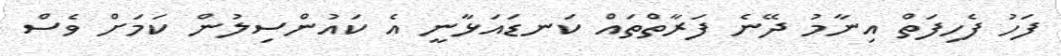
ފަހު ފެހިފަތް އިނާމު ދޭނެ ފަރާތްތައް ކަނޑައަޅާނީ އެ ކައުންސިލުން ކަމަށް ވެސް